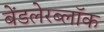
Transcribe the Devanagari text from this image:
बेंडलेरब्लॉक